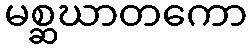
မစ္ဆဃာတကော